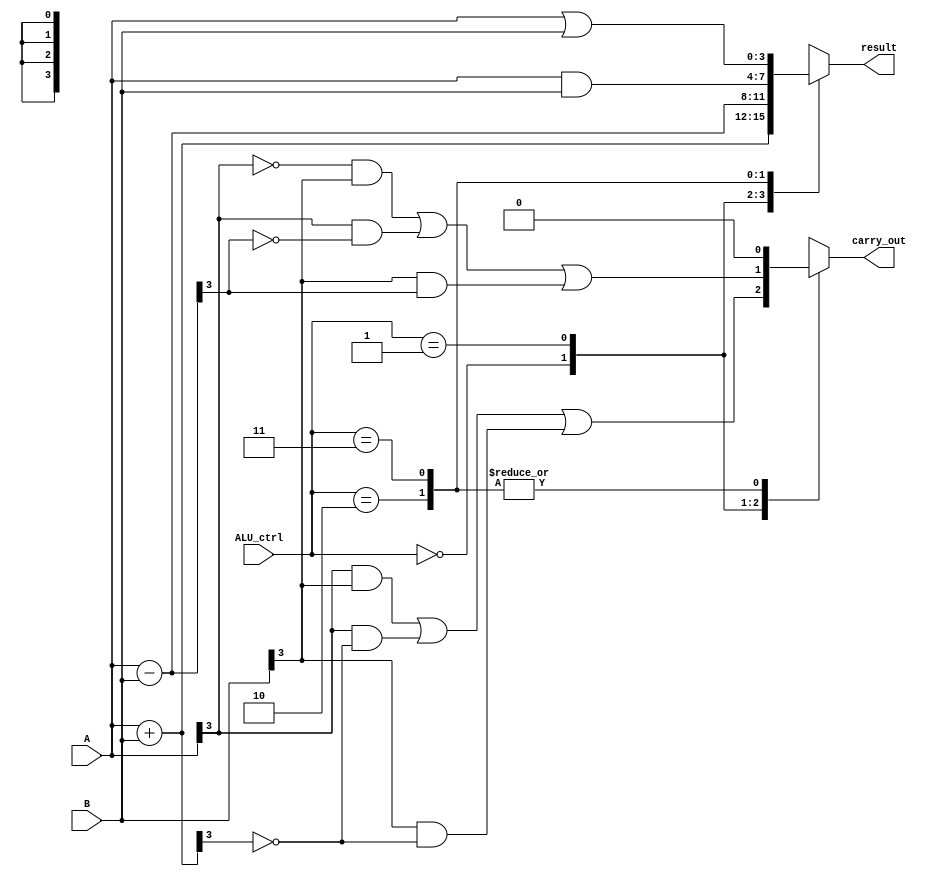
module ALU(
    input [3:0] A,
    input [3:0] B,
    input [1:0] ALU_ctrl,
    output [3:0] result,
    output carry_out
);

reg [3:0] result;
reg carry_out;

always @(*) begin
    case(ALU_ctrl)
        2'b00: // ADD operation
            begin
                result = A + B;
                carry_out = (A[3]&B[3]) | (A[3]&~(result[3])) | (B[3]&~(result[3]));
            end
        2'b01: // SUB operation
            begin
                result = A - B;
                carry_out = ~(A[3])&B[3] | (A[3]&~result[3]) | (B[3]&result[3]);
            end
        2'b10: // AND operation
            begin
                result = A & B;
                carry_out = 1'b0;
            end
        2'b11: // OR operation
            begin
                result = A | B;
                carry_out = 1'b0;
            end
        default: // Default case
            begin
                result = 4'b0;
                carry_out = 1'b0;
            end
    endcase
end

endmodule